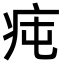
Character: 𤵊